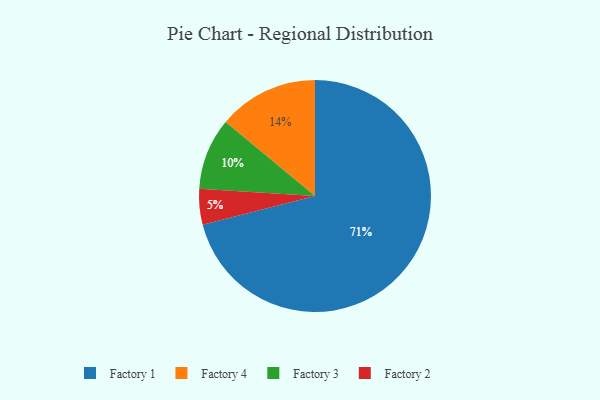
{"axis": {"x": "Category", "y": "Percentage"}, "legend": ["Factory 1", "Factory 2", "Factory 3", "Factory 4"], "data": [{"x": "Factory 4", "y": 14, "type": "Factory 4"}, {"x": "Factory 3", "y": 10, "type": "Factory 3"}, {"x": "Factory 2", "y": 5, "type": "Factory 2"}, {"x": "Factory 1", "y": 71, "type": "Factory 1"}]}